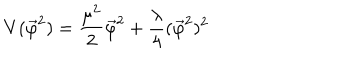
V ( \vec { \varphi } ^ { 2 } ) = \frac { \mu ^ { 2 } } { 2 } \vec { \varphi } ^ { 2 } + \frac { \lambda } { 4 } ( \vec { \varphi } ^ { 2 } ) ^ { 2 }